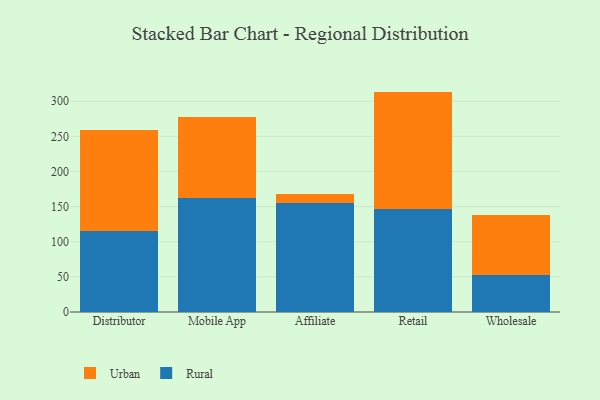
{"axis": {"x": "Channel", "y": "Gross Profit (USD K)"}, "legend": ["Rural", "Urban"], "data": [{"x": "Distributor", "y": 115.9, "type": "Rural"}, {"x": "Distributor", "y": 143.1, "type": "Urban"}, {"x": "Mobile App", "y": 161.9, "type": "Rural"}, {"x": "Mobile App", "y": 115.0, "type": "Urban"}, {"x": "Affiliate", "y": 155.6, "type": "Rural"}, {"x": "Affiliate", "y": 11.8, "type": "Urban"}, {"x": "Retail", "y": 145.9, "type": "Rural"}, {"x": "Retail", "y": 167.8, "type": "Urban"}, {"x": "Wholesale", "y": 52.1, "type": "Rural"}, {"x": "Wholesale", "y": 86.5, "type": "Urban"}]}